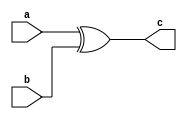
module xor_gate(a,b,c);
input a ,b;
output c;
assign c = a ^ b;
endmodule